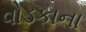
વોડકાના